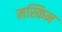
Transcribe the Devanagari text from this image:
मस्किन